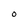
Character: O